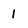
Character: 1